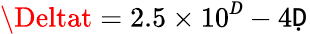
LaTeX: \Deltat=2.5\times10^{Ḋ}-4\mathtt{Ḍ}